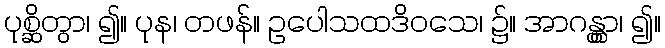
ပုစ္ဆိတွာ၊ ၍။ ပုန၊ တဖန်။ ဥပေါသထဒိဝသေ၊ ၌။ အာဂန္တွာ၊ ၍။